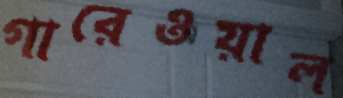
গারেওয়াল